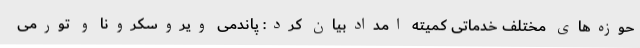
حوزه‌های مختلف خدماتی کمیته امدادبیان کرد: پاندمی ویروسکرونا و تورمی